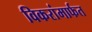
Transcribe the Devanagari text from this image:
विकरांमार्फत